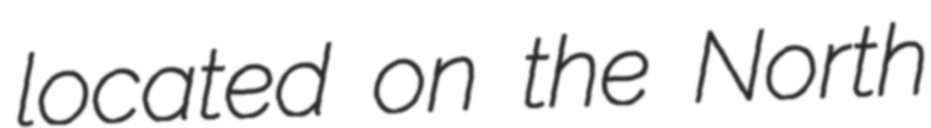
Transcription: located on the North